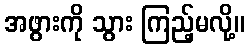
အဖွားကို သွား ကြည့်မလို့။